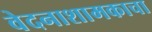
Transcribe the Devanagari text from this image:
वेदनाशामकाचा